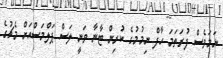
ނަމަވެސް ފުރަތަމަ ހާފް ނިމުމުގެ ކުރިން ޓާނާ ވަނީ ލަސް ޕަލްމަސްއަށް މެޗުގެ